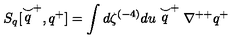
S _ { q } [ \stackrel { \smile } { q } ^ { + } , q ^ { + } ] = \int d \zeta ^ { ( - 4 ) } d u \stackrel { \smile } { q } ^ { + } \nabla ^ { + + } q ^ { + }